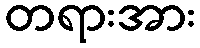
တရားအား